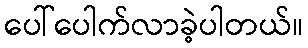
ပေါ်ပေါက်လာခဲ့ပါတယ်။